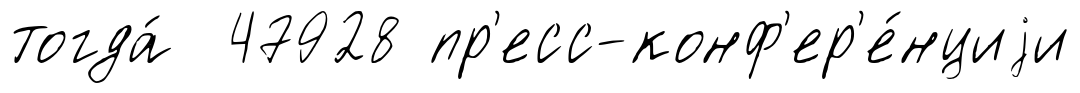
тогда́ 47928 пр'есс-конф'ер'е́нциjи